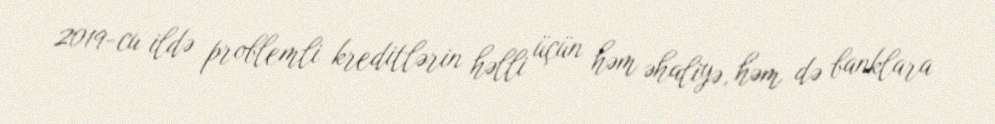
2019-cu ildə problemli kreditlərin həlli üçün həm əhaliyə, həm də banklara